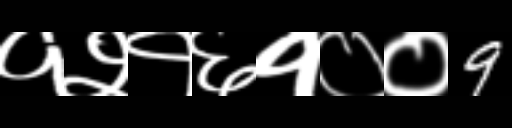
Text: १२१६१००9